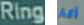
Ring أكثر